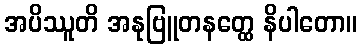
အပိဿူတိ အနုဗြူတနတ္ထေ နိပါတော။